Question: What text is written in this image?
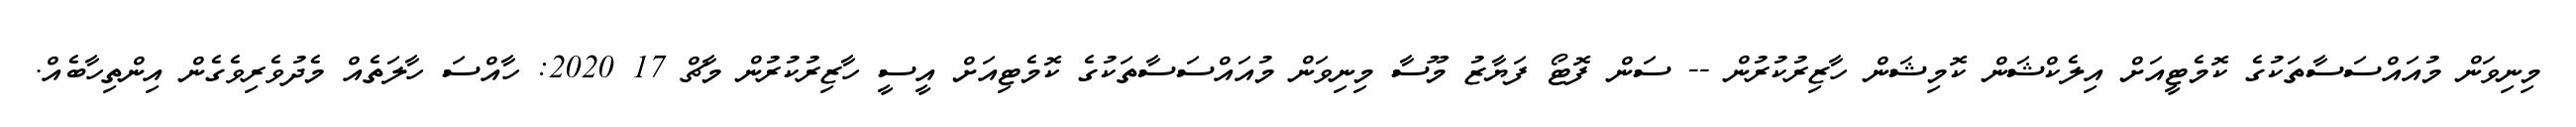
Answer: މިނިވަން މުއައްސަސާތަކުގެ ކޮމެޓީއަށް އިލެކްޝަން ކޮމިޝަން ހާޒިރުކުރުން -- ސަން ފޮޓޯ ފަޔާޒު މޫސާ މިނިވަން މުއައްސަސާތަކުގެ ކޮމެޓިއަށް އީސީ ހާޒިރުކުރުން މާޗް 17 2020: ހާއްސަ ހާލަތެއް މެދުވެރިވެގެން އިންތިހާބެއް.